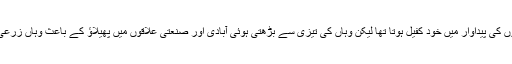
چند عشرے قبل بنگلہ دیش چاولوں کی پیداوار میں خود کفیل ہوتا تھا لیکن وہاں کی تیزی سے بڑھتی ہوئی آبادی اور صنعتی علاقوں میں پھیلاؤ کے باعث وہاں زرعی رقبے میں واضح کمی آئی ہے۔